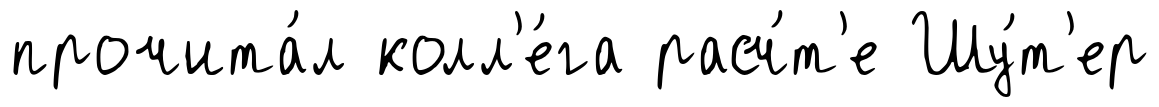
прочита́л колл'е́га расч́т'е Шу́т'ер